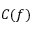
C ( f )